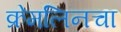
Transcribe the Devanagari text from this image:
क्रेमलिनचा